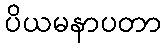
ပိယမနာပတာ